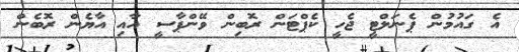
އެ ގައުމުން ޕެނަލްޓީ ޖެހީ ކެޕްޓަން ރޮބިން ވޭންޕާސީ އާއި އާޔެން ރޮބެން